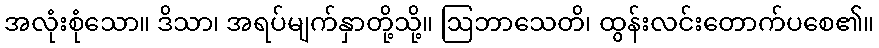
အလုံးစုံသော။ ဒိသာ၊ အရပ်မျက်နှာတို့သို့။ ဩဘာသေတိ၊ ထွန်းလင်းတောက်ပစေ၏။